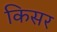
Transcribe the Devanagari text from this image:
किसर